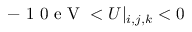
- \mathrm { ~ 1 ~ 0 ~ e ~ V ~ } < U | _ { i , j , k } < 0